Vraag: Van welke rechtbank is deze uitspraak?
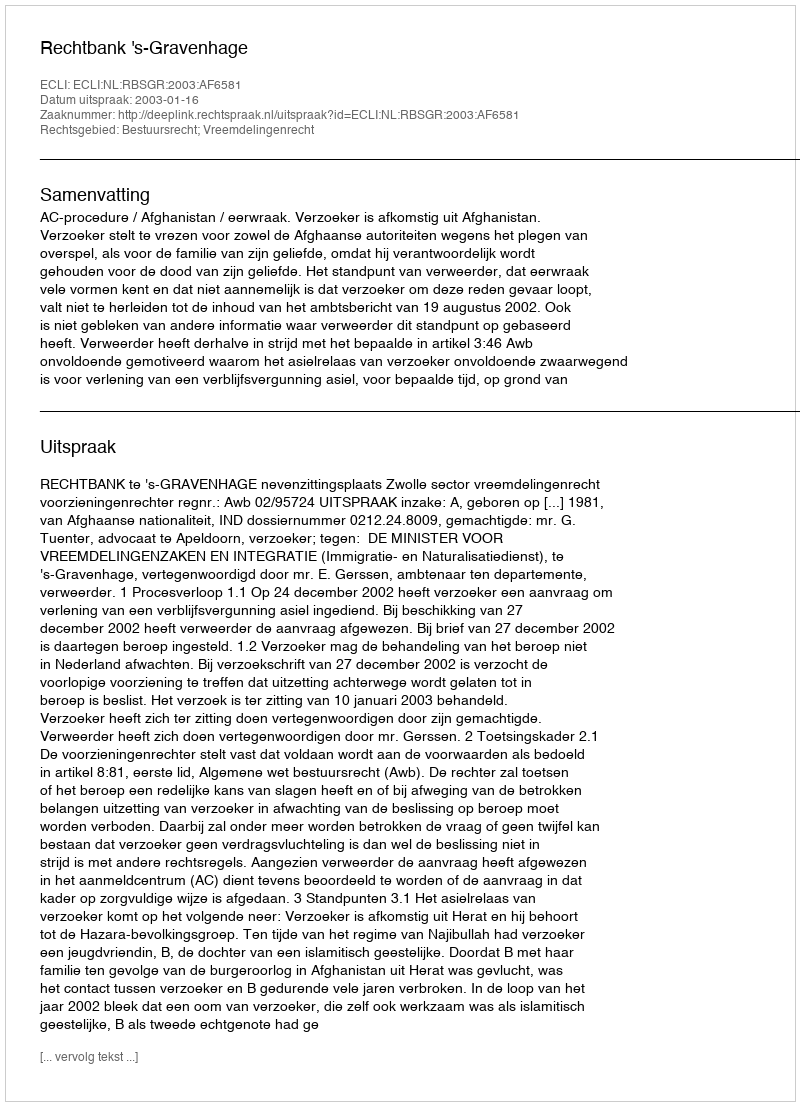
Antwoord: Rechtbank 's-Gravenhage